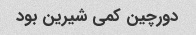
دورچین کمی شیرین بود